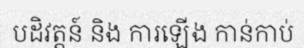
បដិវត្តន៍ និង ការឡើង កាន់កាប់